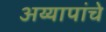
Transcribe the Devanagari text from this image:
अय्यापांचे